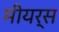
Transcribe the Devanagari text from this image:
मीयर्स